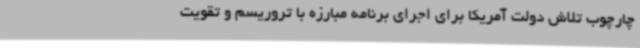
چارچوب تلاش دولت آمریکا برای اجرای برنامه مبارزه با تروریسم و تقویت